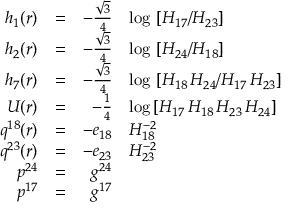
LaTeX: \begin{array} { r c r l } { { h _ { 1 } ( r ) } } & { { = } } & { { - \frac { \sqrt { 3 } } { 4 } } } & { { \log \, \left[ H _ { 1 7 } / H _ { 2 3 } \right] } } \\ { { h _ { 2 } ( r ) } } & { { = } } & { { - \frac { \sqrt { 3 } } { 4 } } } & { { \log \, \left[ H _ { 2 4 } / H _ { 1 8 } \right] } } \\ { { h _ { 7 } ( r ) } } & { { = } } & { { - \frac { \sqrt { 3 } } { 4 } } } & { { \log \, \left[ H _ { 1 8 } \, H _ { 2 4 } / H _ { 1 7 } \, H _ { 2 3 } \right] } } \\ { { U ( r ) } } & { { = } } & { { - \frac { 1 } { 4 } } } & { { \log \left[ H _ { 1 7 } \, H _ { 1 8 } \, H _ { 2 3 } \, H _ { 2 4 } \right] } } \\ { { q ^ { 1 8 } ( r ) } } & { { = } } & { { - e _ { 1 8 } } } & { { H _ { 1 8 } ^ { - 2 } } } \\ { { q ^ { 2 3 } ( r ) } } & { { = } } & { { - e _ { 2 3 } } } & { { H _ { 2 3 } ^ { - 2 } } } \\ { { p ^ { 2 4 } } } & { { = } } & { { g ^ { 2 4 } } } & { { \null } } \\ { { p ^ { 1 7 } } } & { { = } } & { { g ^ { 1 7 } } } & { { \null } } \end{array}